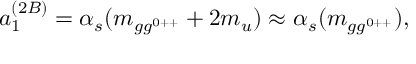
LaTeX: a _ { 1 } ^ { ( 2 B ) } = \alpha _ { s } ( m _ { g g ^ { 0 + + } } + 2 m _ { u } ) \approx \alpha _ { s } ( m _ { g g ^ { 0 + + } } ) ,